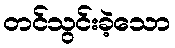
တင်သွင်းခဲ့သော